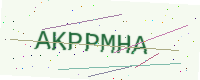
Text: AKPPMHA